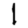
Digit: 1